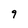
Character: 9